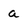
Character: a